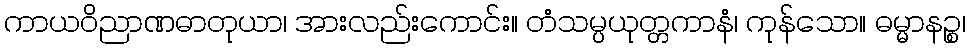
ကာယဝိညာဏဓာတုယာ၊ အားလည်းကောင်း။ တံသမ္ပယုတ္တကာနံ၊ ကုန်သော။ ဓမ္မာနဉ္စ၊